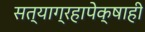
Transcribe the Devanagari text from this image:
सत्याग्रहापेक्षाही